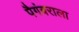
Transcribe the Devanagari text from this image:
पैगंबराला